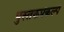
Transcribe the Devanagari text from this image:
पुस्तकप्रकल्प